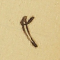
٣